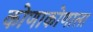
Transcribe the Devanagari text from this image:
कोणाकोणाला